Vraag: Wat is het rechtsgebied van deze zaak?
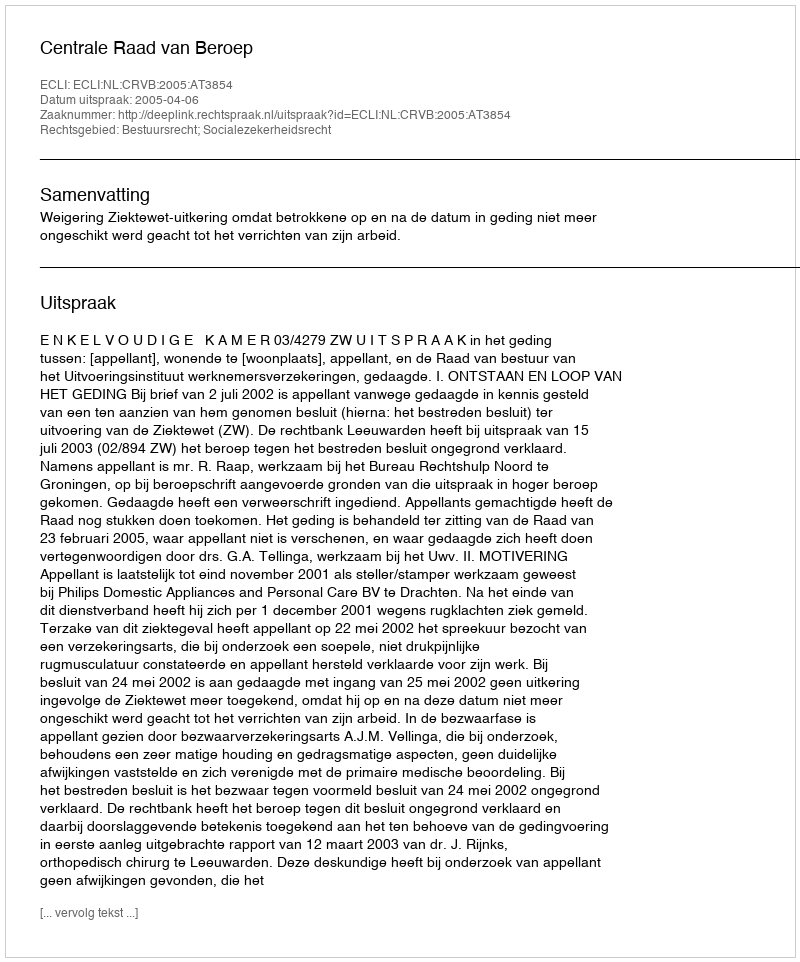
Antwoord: Bestuursrecht; Socialezekerheidsrecht